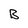
Character: B